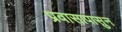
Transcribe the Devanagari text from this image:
प्रवासापासुन